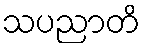
သပညာတိ